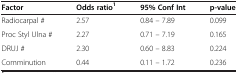
<table><thead><tr><td><b>Factor</b></td><td><b>Odds ratio<sup>1</sup></b></td><td><b>95% Conf Int</b></td><td><b>p-value</b></td></tr></thead><tbody><tr><td>Radiocarpal #</td><td>2.57</td><td>0.84 – 7.89</td><td>0.099</td></tr><tr><td>Proc Styl Ulna #</td><td>2.27</td><td>0.71 – 7.19</td><td>0.165</td></tr><tr><td>DRUJ #</td><td>2.30</td><td>0.60 – 8.83</td><td>0.224</td></tr><tr><td>Comminution</td><td>0.44</td><td>0.11 – 1.72</td><td>0.236</td></tr></tbody></table>